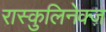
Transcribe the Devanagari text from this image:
रास्कुलिनेक्ज़